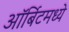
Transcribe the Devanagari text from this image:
ऑर्बिटमध्ये